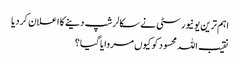
اہم ترین یونیورسٹی نے سکالرشپ دینے کا اعلان کردیا
نقیب اللہ محسود کو کیوں مروایا گیا؟